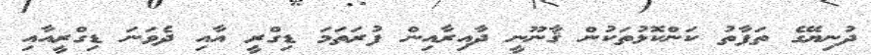
ދުނިޔޭގެ ތަފާތު ކަންކޮޅުތަކުން ޤާނޫނީ ދާއިރާއިން ފުރަތަމަ ޑިގްރީ އާއި ދެވަނަ ޑިގްރީއާއި